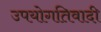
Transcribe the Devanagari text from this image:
उपयोगतिवादी